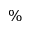
\%